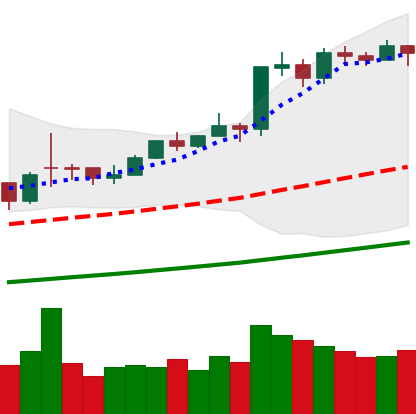
Ticker: BTC-USD
Chart end date: 2021-02-15
Forward return: 17.008%
Label: up_7plus